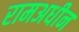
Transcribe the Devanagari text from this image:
रामअधीन